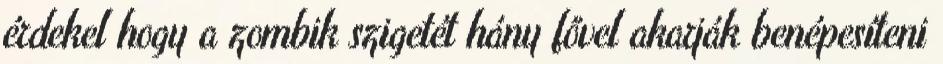
érdekel hogy a zombik szigetét hány fővel akarják benépesíteni